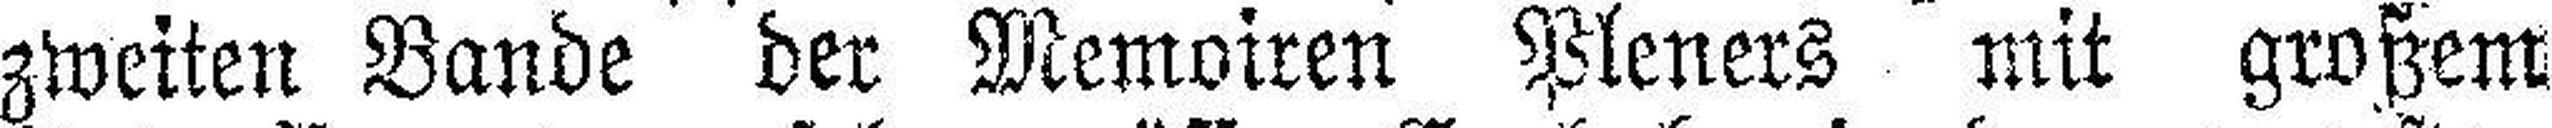
zweiten Bande der Memoiren Pleners mit großem